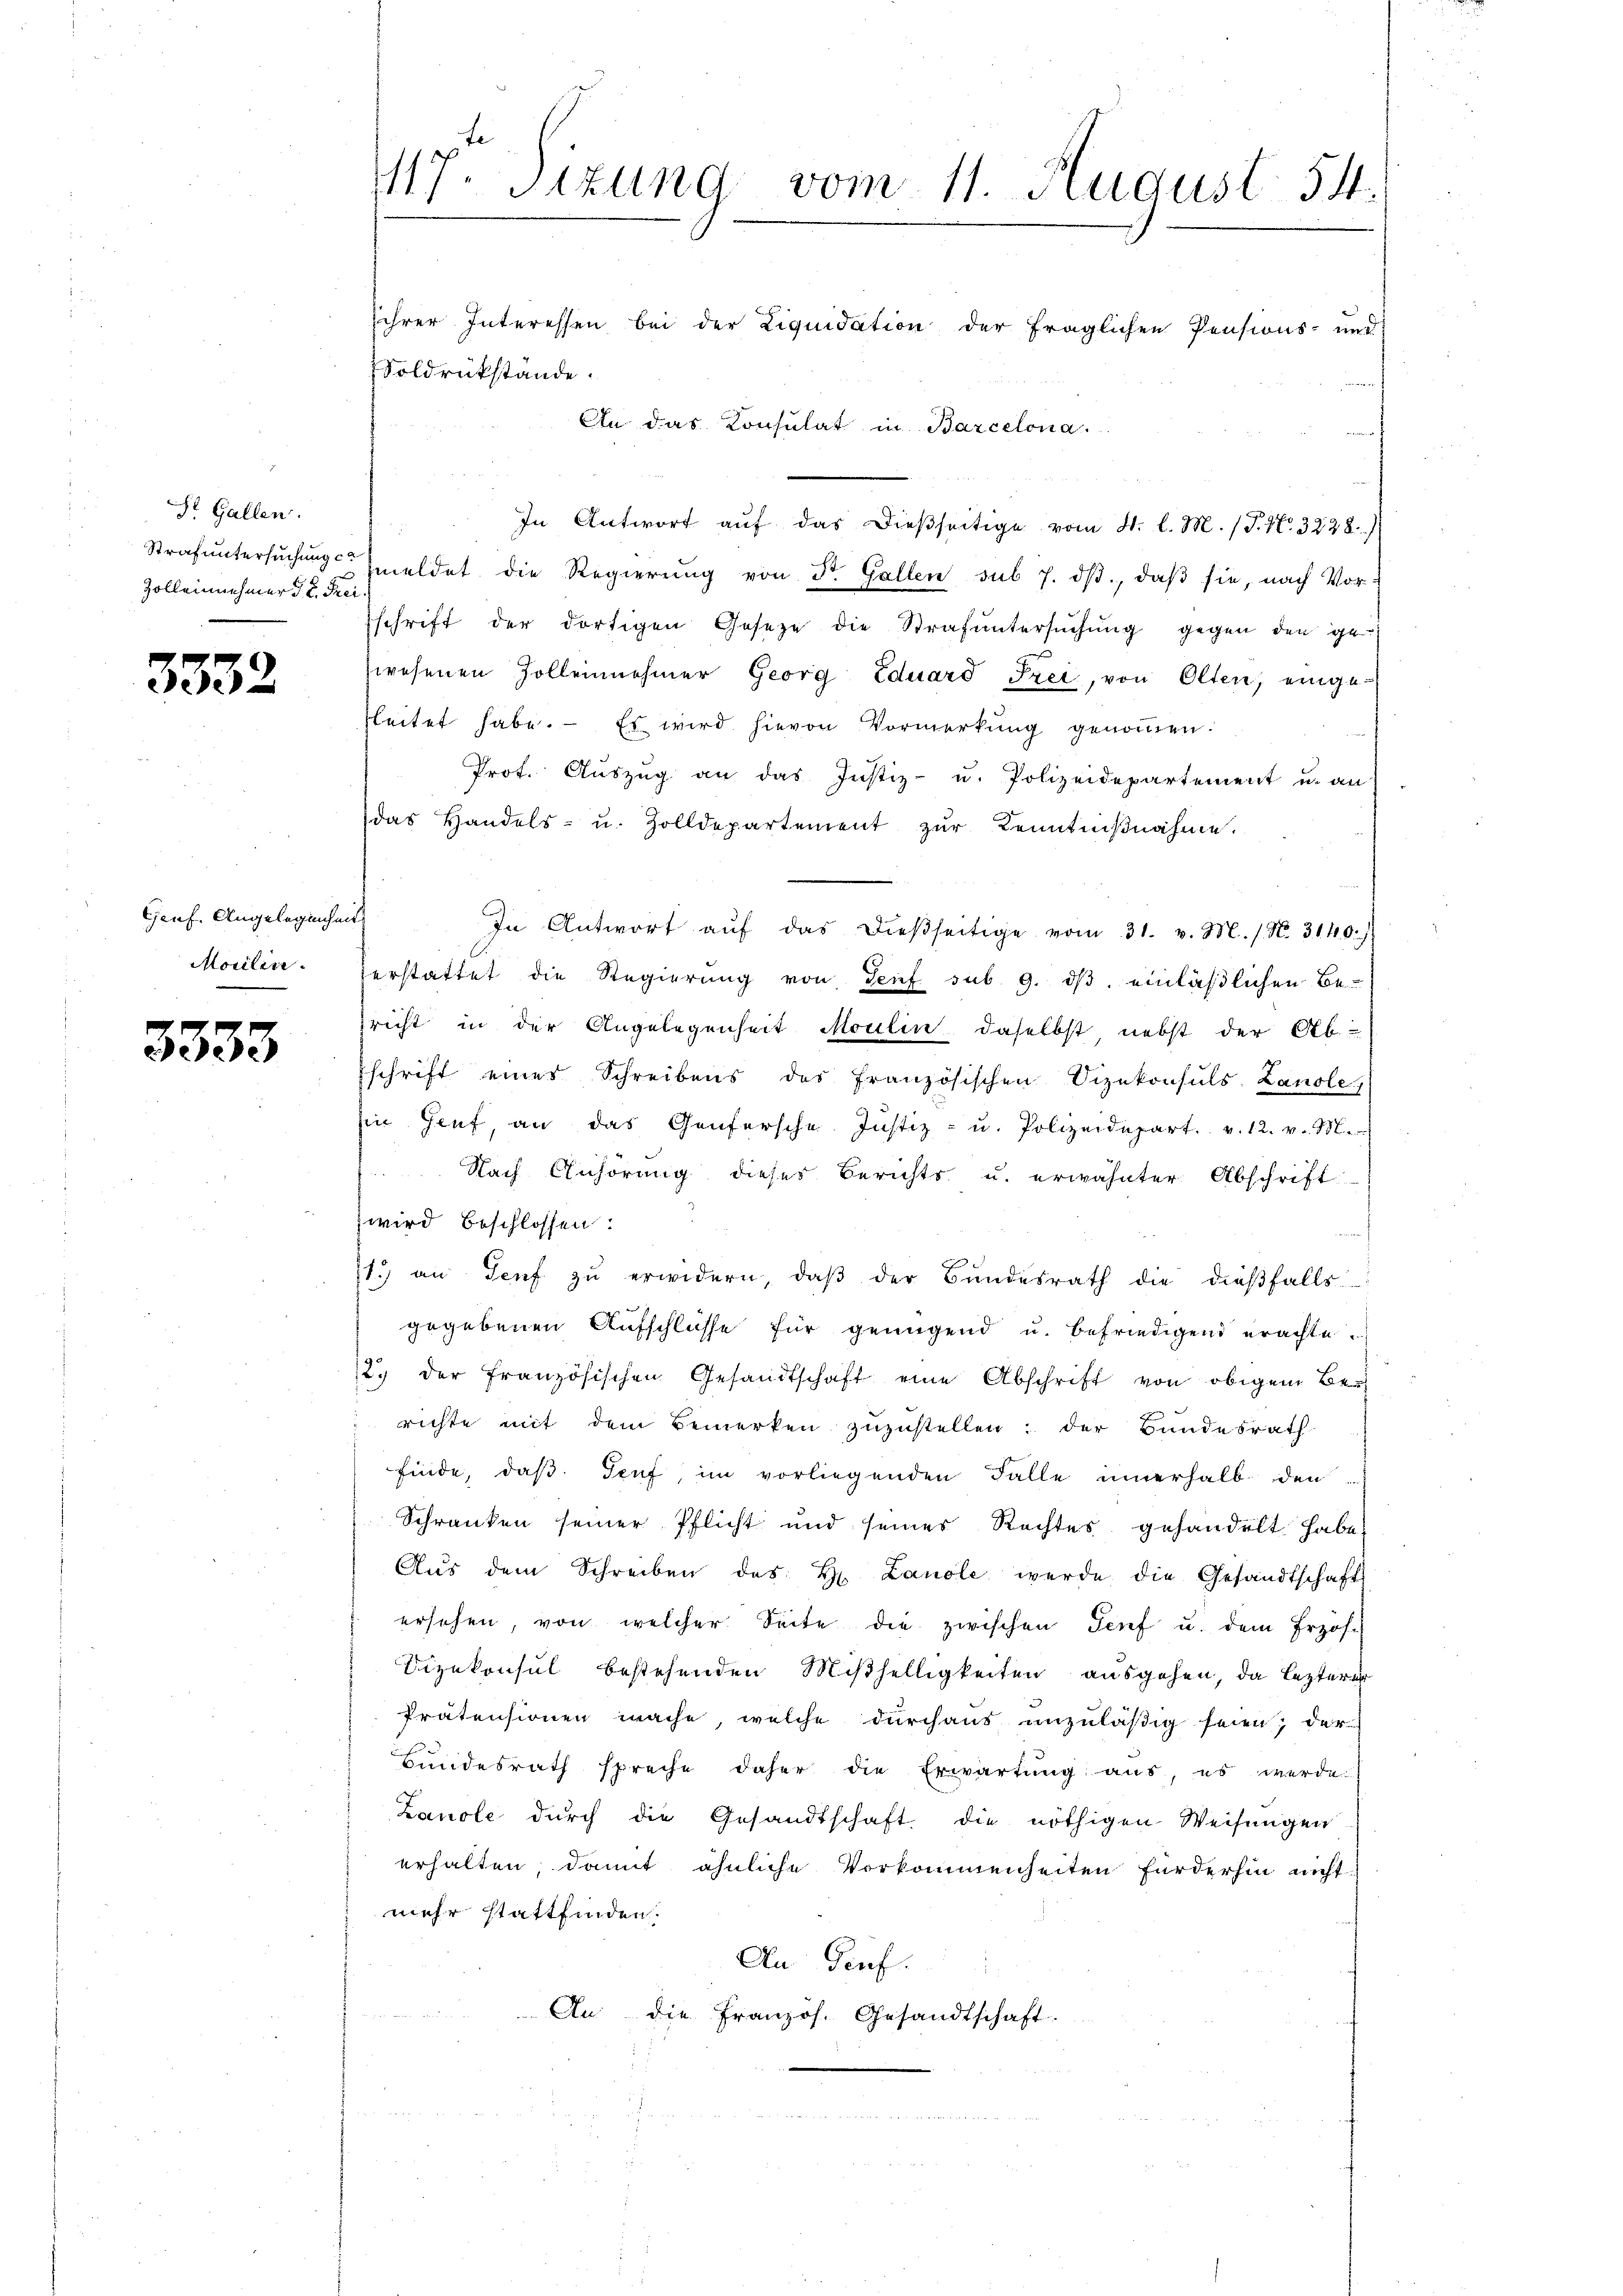
St. Gallen.
1
Zolleinehmer d. 2. Frei

3332

Genf. Angelegenheit

3333

te
117. Sizung vom 11. August 14.
sihrer Interessen bei der Liquidation der fraglichen Pensions- und
Soldrükstände.
An das Konsulat in Barcelona.

In Antwort auf das dießseitige vom 4. l. M. (T. No. 3238)
Strafuntersuchung meldet die Regierŭng von Dr. Gallen sub 7. dβ, daβ sie, nach Vorsschrift der dortigen Gesetze die Strafŭntersŭchŭng gegen den ge
wesenen Zollennehmer Georg Eduard Frei, von Olten, eingerleitet habe. Es wird hievon Vormerkung genoṁen.
Prot. Aŭszŭg an das Justiz- u. Polizeidepartement u. an
das Handels- u. Zolldepartement zŭr Kenntniβnahme.
In Antwort aŭf das dieβseitige vom 31. v. M. (N. 3140.)
Marlin. Herstattet die Regierŭng von Senf sub. 9. dβ einläβlichen Be-
richt in der Angelegenheit Moulin daselbst, nebst der Ob
schrift eines Schreibens des französischen Vizekonsuls. Lanole
Ein Hanf, an das Genfersche Justiz- u. Polizeidepart. v. 12. v. M.
 Nach Anhörung dieses Berichts u. erwähnter Abschrift
wird beschlossen:
11.) an Genf zŭ erwidern, daβ der Bŭndesrath die dieβfalls
gegebenen Aufschlüsse für genügend u. befriedigend erachte.
2.) der französischen Gesandtschaft eine Abschrift von obigem Berichte mit dem Bemerken zuzustellen: der Bundesrath
finde, daß Teuf, im vorliegenden Falle innerhalb den
Schranken seiner Pflicht und seines Rechtes gehandelt habe
Aŭs dem Schreiben des H. Lanole werde die Gesandtschaft
ersehen, von welcher Seite die zwischen Genf u. dem Erzöh-
Vizekonsul bestehenden Mißhelligkeiten ausgehen, da lezterer
Prätensionen mache, welche durchaus unzuläßig seien; der
Bundesrath spreche daher die Erwartung aus, es werde
Lanole dŭrch die Gesandtschaft die nöthigen Weisŭngen
erhalten, damit ähnliche Vorkommenheiten fürderhin nicht
mehr stattfinden.
An Genf.
An die Französ. Gesandtschaft.